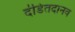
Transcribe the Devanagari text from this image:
दंडितदानव